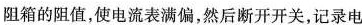
阻箱的阻值，使电流表满偏，然后断开开关，记录电